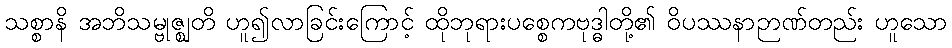
သစ္စာနိ အဘိသမ္ဗုဇ္ဈတိ ဟူ၍လာခြင်းကြောင့် ထိုဘုရားပစ္စေကဗုဒ္ဓါတို့၏ ဝိပဿနာဉာဏ်တည်း ဟူသော